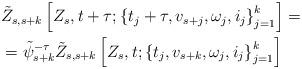
LaTeX: \begin{align*}\begin{aligned}& \tilde{Z}_{s,s+k} \left[ Z_s,t+\tau;\left\{ t_j + \tau, v_{s+j},\omega_j,i_j \right\}_{j=1}^k \right] =\\& = \tilde{\psi}_{s+k}^{-\tau} \tilde{Z}_{s,s+k} \left[ Z_s,t;\left\{ t_j,v_{s+k},\omega_j,i_j \right\}_{j=1}^k \right]\end{aligned}\end{align*}